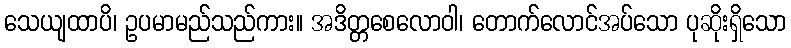
သေယျထာပိ၊ ဥပမာမည်သည်ကား။ အဒိတ္တစေလောဝါ၊ တောက်လောင်အပ်သော ပုဆိုးရှိသော